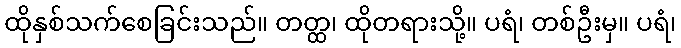
ထိုနှစ်သက်စေခြင်းသည်။ တတ္ထ၊ ထိုတရားသို့။ ပရံ၊ တစ်ဦးမှ။ ပရံ၊